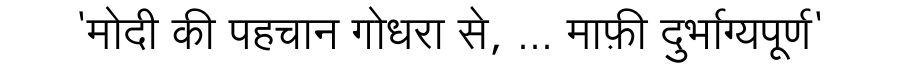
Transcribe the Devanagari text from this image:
'मोदी की पहचान गोधरा से, ... माफ़ी दुर्भाग्यपूर्ण'